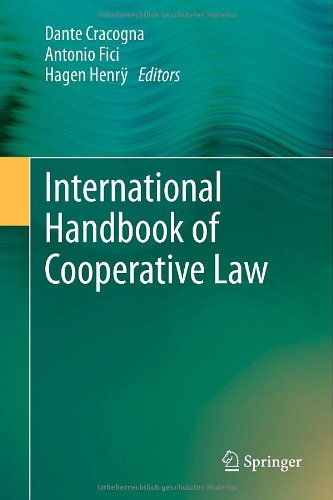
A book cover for International Handbook of Cooperative Law; Law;